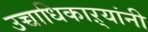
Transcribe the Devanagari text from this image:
उच्चाधिकाऱ्यांनी